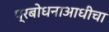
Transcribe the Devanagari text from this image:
प्रबोधनाआधीचा